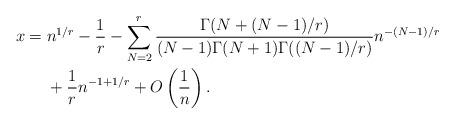
LaTeX: \begin{align*}x&=n^{1/r}-\frac{1}{r} -\sum_{N=2}^{r}\frac{ \Gamma(N+(N-1)/r)}{(N-1)\Gamma(N+1)\Gamma((N-1)/r)}n^{-(N-1)/r}\\&\quad\ + \frac{1}{r}n^{-1+1/r}+O\left(\frac{1}{n}\right).\end{align*}